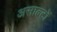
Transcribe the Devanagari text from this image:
असाल्टों